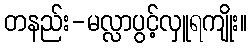
တနည်း-မလ္လာပွင့်လှူရကျိုး။